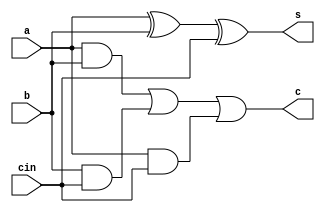
module full_adder(input a,b,cin,output s,c);
assign s=a^b^cin;
assign c=a&b|b&cin|a&cin;
endmodule

module rca_4bit(input [3:0]a,b,input cin,output [3:0]s,output cout);
wire [2:0]c;
full_adder fa1(a[0],b[0],cin,s[0],c[0]);
full_adder fa2(a[1],b[1],c[0],s[1],c[1]);
full_adder fa3(a[2],b[2],c[1],s[2],c[2]);
full_adder fa4(a[3],b[3],c[2],s[3],cout);
endmodule

module carry_skip_adder_16bit(input [15:0]a,b,input cin,output [15:0]s,output cout);
wire [15:0]p;
wire [3:0]c;
wire cout1,cout2,cout3;
assign p[0]=a[0]^b[0];
assign p[1]=a[1]^b[1];
assign p[2]=a[2]^b[2];
assign p[3]=a[3]^b[3];
assign p[4]=a[4]^b[4];
assign p[5]=a[5]^b[5];
assign p[6]=a[6]^b[6];
assign p[7]=a[7]^b[7];
assign p[8]=a[8]^b[8];
assign p[9]=a[9]^b[9];
assign p[10]=a[10]^b[10];
assign p[11]=a[11]^b[11];
assign p[12]=a[12]^b[12];
assign p[13]=a[13]^b[13];
assign p[14]=a[14]^b[14];
assign p[15]=a[15]^b[15];
rca_4bit rca1(a[3:0],b[3:0],cin,s[3:0],c[0]);
assign cout1=(p[3]&p[2]&p[1]&p[0])?cin:c[0];
rca_4bit rca2(a[7:4],b[7:4],cout1,s[7:4],c[1]);
assign cout2=(p[7]&p[6]&p[5]&p[4])?cout1:c[1];
rca_4bit rca3(a[11:8],b[11:8],cout2,s[11:8],c[2]);
assign cout3=(p[11]&p[10]&p[9]&p[8])?cout2:c[2];
rca_4bit rca4(a[15:12],b[15:12],cout3,s[15:12],c[3]);
assign cout=(p[15]&p[14]&p[13]&p[12])?cout3:c[3];
endmodule